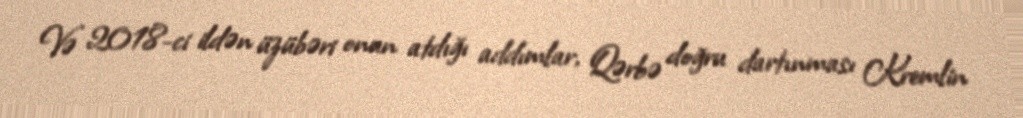
Və 2018-ci ildən üzübəri onun atdığı addımlar, Qərbə doğru dartınması Kremlin